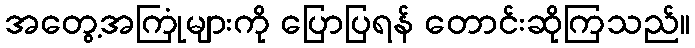
အတွေ့အကြုံများကို ပြောပြရန် တောင်းဆိုကြသည်။